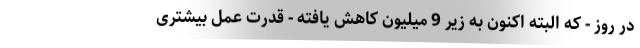
در روز - كه البته اكنون به زیر 9 میلیون كاهش یافته - قدرت عمل بیشتری